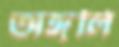
অঙ্গুলি